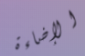
الإضاءة